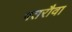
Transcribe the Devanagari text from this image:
पतरौवा